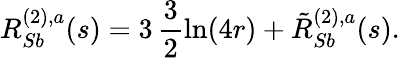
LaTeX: R_{Sb}^{(2),a}(s)=3\, \frac{3}{2}\ln(4r)+\tilde{R}_{Sb}^{(2),a}(s).